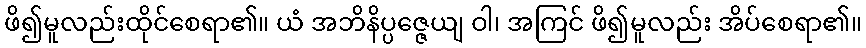
ဖိ၍မူလည်းထိုင်စေရာ၏။ ယံ အဘိနိပ္ပဇ္ဇေယျ ဝါ၊ အကြင် ဖိ၍မူလည်း အိပ်စေရာ၏။